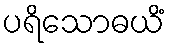
ပရိသောဓယိံ